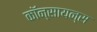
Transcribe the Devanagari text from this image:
कॉन्सायन्स